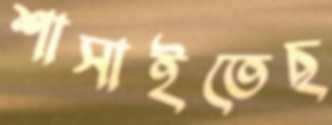
শাসাইতেছ